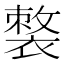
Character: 𧜌